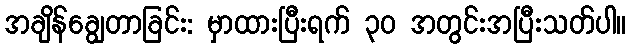
အချိန်ချွေတာခြင်း: မှာထားပြီးရက် ၃၀ အတွင်းအပြီးသတ်ပါ။